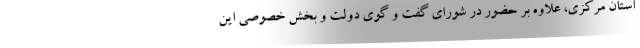
استان مرکزی، علاوه بر حضور در شورای گفت و گوی دولت و بخش خصوصی این